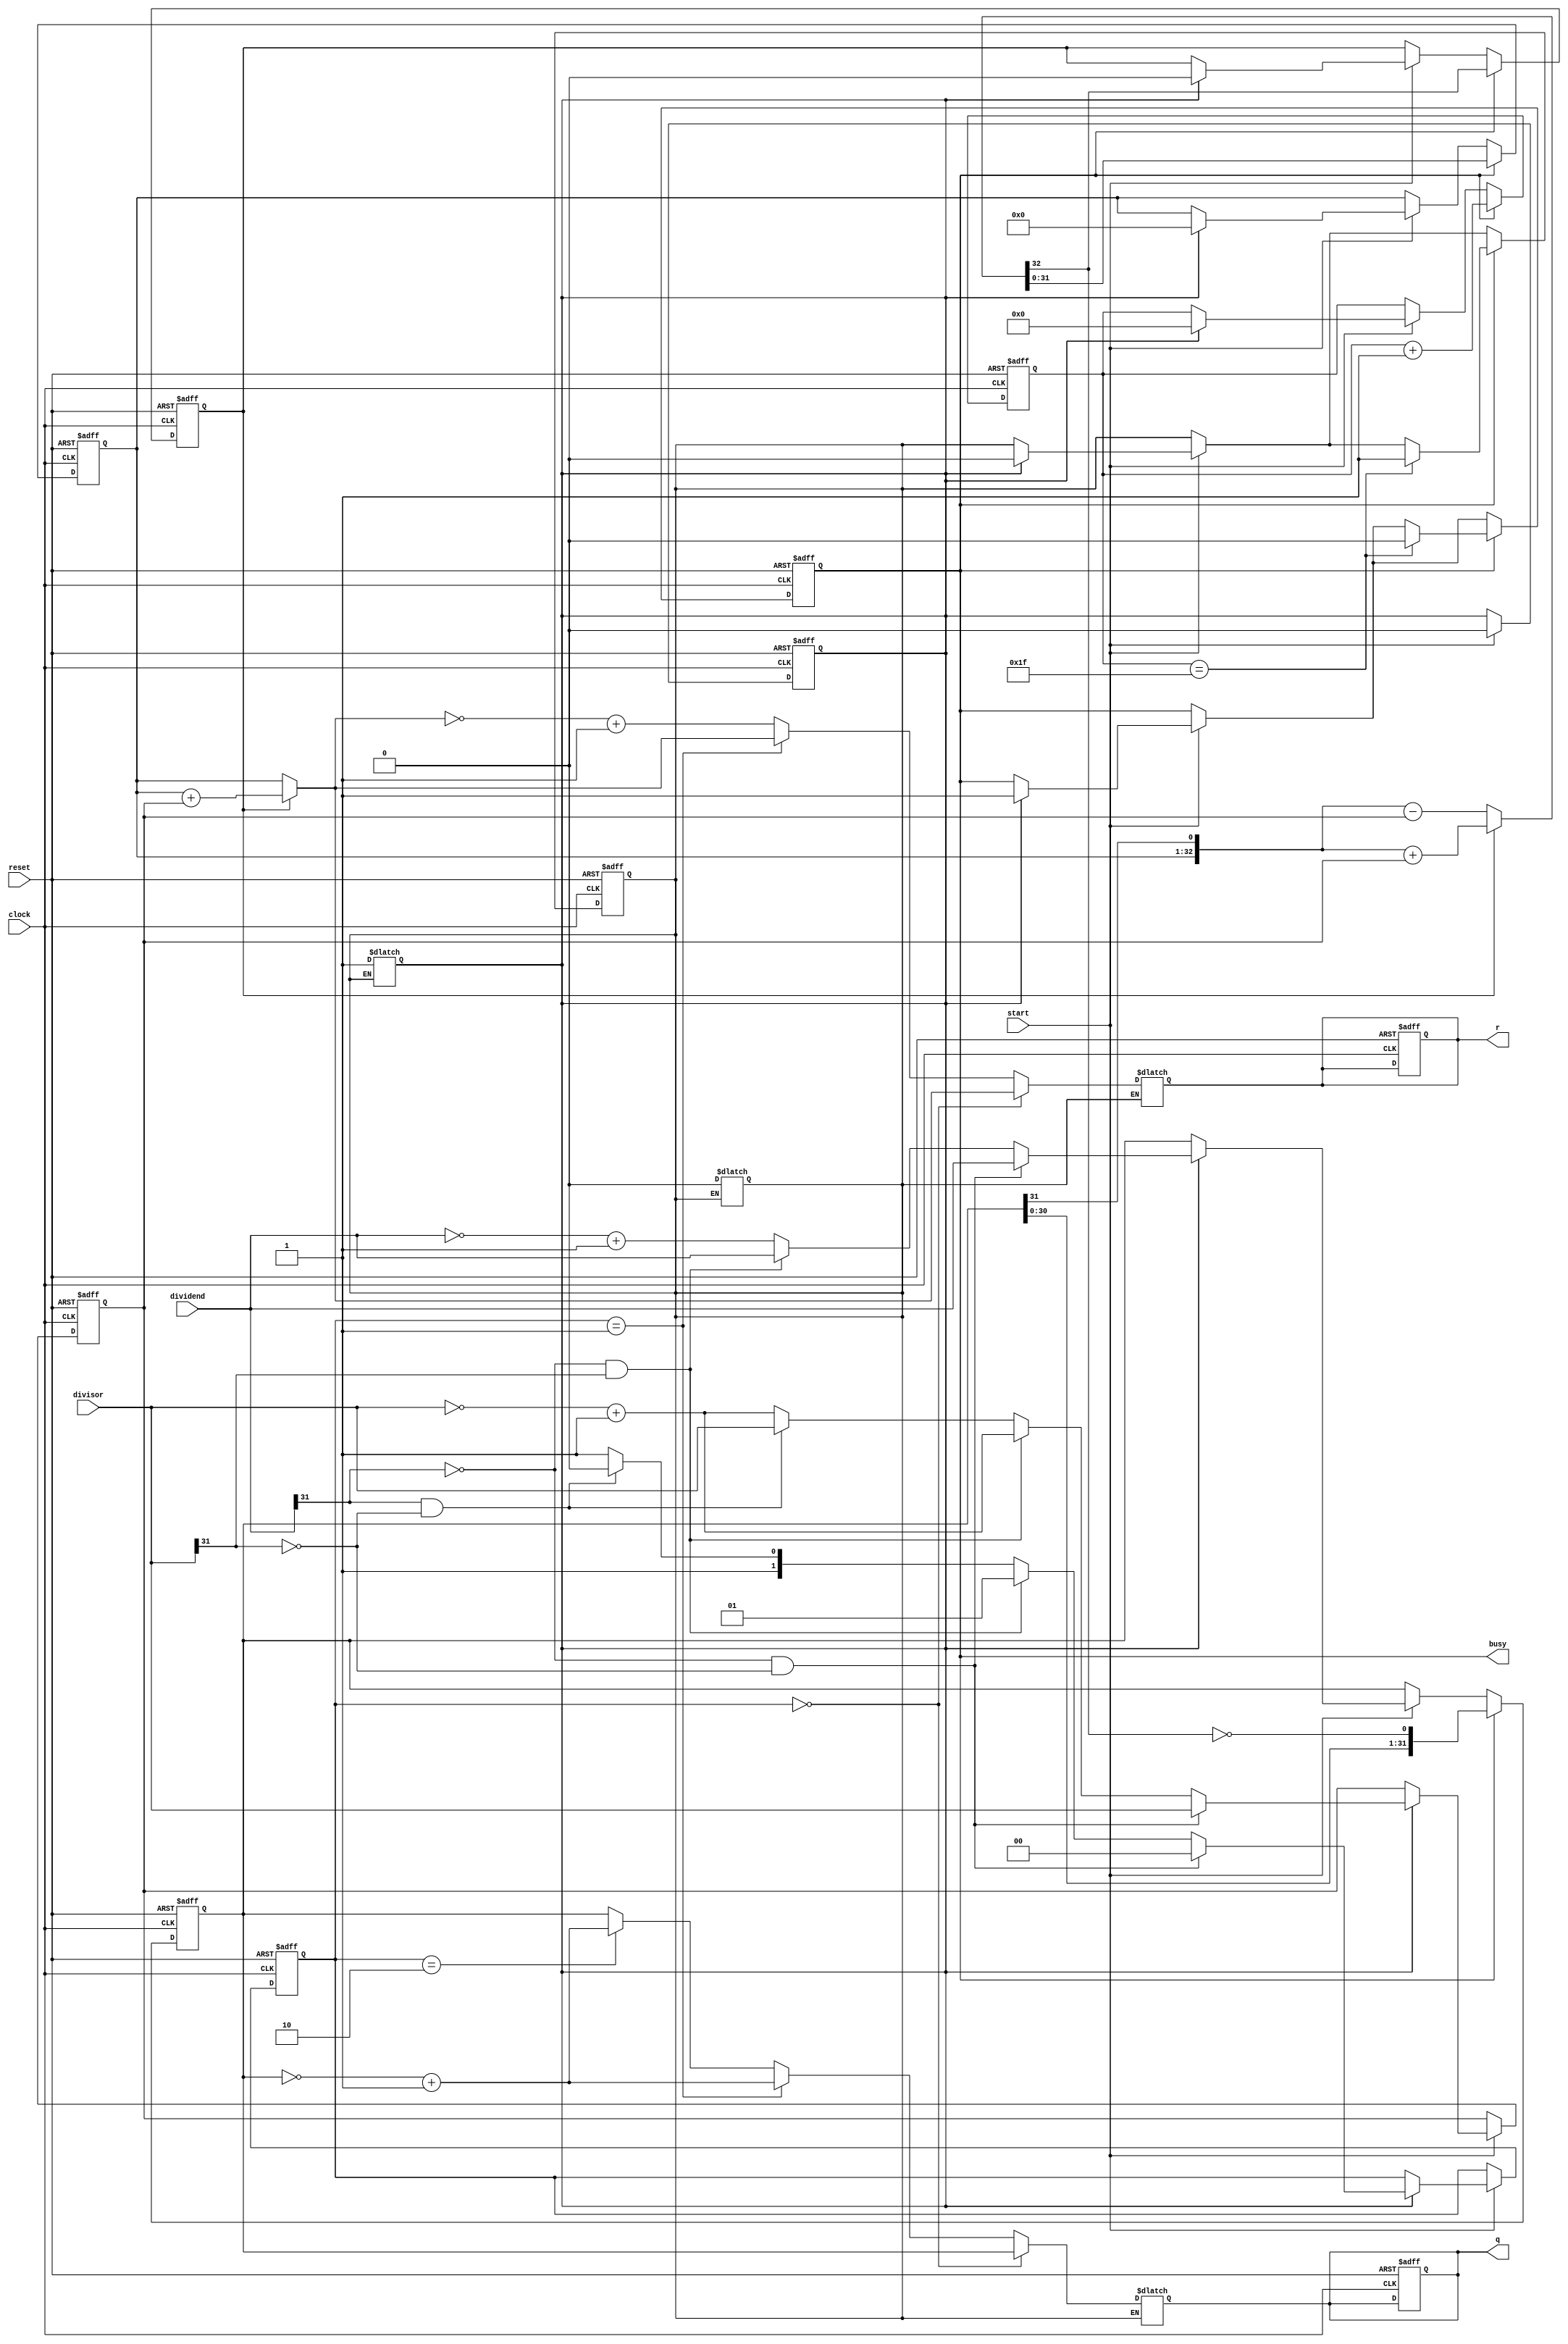
module DIV(
input [31:0]dividend, //
input [31:0]divisor, //
input start, //
input clock,
input reset,
output [31:0]q, //
output [31:0]r, //
output busy //
);
reg first;
reg busy2;
reg r_sign;
reg flag;
reg [1:0] flag_s;
reg [5:0] count;
reg [31:0] reg_q; //
reg [31:0] reg_r; //
reg [31:0] reg_b; //
reg [31:0] tmp_q;
reg [31:0] tmp_r;
wire [32:0] sub_add;

assign sub_add = (r_sign ? ({reg_r,reg_q[31]} + {1'b0,reg_b}) : ({reg_r,reg_q[31]} - {1'b0,reg_b}));
assign r = tmp_r;
assign q = tmp_q;
assign busy = busy2;

always @ (posedge clock or posedge reset) begin
	if(reset) begin
		first <= 1;
		flag <= 0;
		flag_s <= 0;
		r_sign <= 0;
		tmp_q <= 0;
		tmp_r <= 0;
		count <= 0;
		busy2 <= 0;
		reg_q <= 0; reg_r <= 0; reg_b <= 0; 
	end
	else begin
		if(start) begin
			if(first) begin
				flag <= 0;
				reg_r <= 0;
				r_sign <= 0;
				count <= 0;
				busy2 <= 1;
				first <= 0;
				if((dividend[31] == 0) && (divisor[31] == 0)) begin
					reg_q <= dividend;
					reg_b <= divisor;
					flag_s <= 0;
				end
				else if((dividend[31] == 0) && (divisor[31] == 1)) begin
					reg_q <= dividend;
					reg_b <= (~divisor + 1);
					flag_s <= 1;
				end
				else if((dividend[31] == 1) && (divisor[31] == 0)) begin
					reg_q <= (~dividend + 1);
					reg_b <= divisor;
					flag_s <= 2;
				end
				else begin
					reg_q <= (~dividend + 1);
					reg_b <= (~divisor + 1);
					flag_s <= 3;
				end
			end
		end
		if(busy2) begin
			reg_r <= sub_add[31:0];
			r_sign <= sub_add[32];
			reg_q <= {reg_q[30:0],~sub_add[32]};
			count <= count + 1;
			if(count == 31) begin
				busy2 <= 0;
				flag <= 1;
			end
		end
	end
end
	
always @ (flag) begin
	if(flag) begin
		if(flag_s == 0) begin
			tmp_q <= reg_q;
			tmp_r <= r_sign ? (reg_r + reg_b) : reg_r;
		end
		else if(flag_s == 1) begin
			tmp_q <= (~reg_q + 1);
			tmp_r <= r_sign ? (reg_r + reg_b) : reg_r;
		end
		else if(flag_s == 2) begin
			tmp_q <= (~reg_q + 1);
			tmp_r <= (~(r_sign ? (reg_r + reg_b) : reg_r) + 1);
		end
		else begin
			tmp_q <= reg_q;
			tmp_r <= (~(r_sign ? (reg_r + reg_b) : reg_r) + 1);
		end
		flag <= 0;
		first <= 1;
	end
end
endmodule